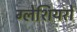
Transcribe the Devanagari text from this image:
ग्‍लेशियरों